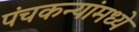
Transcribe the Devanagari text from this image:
पंचकन्यांमध्ये